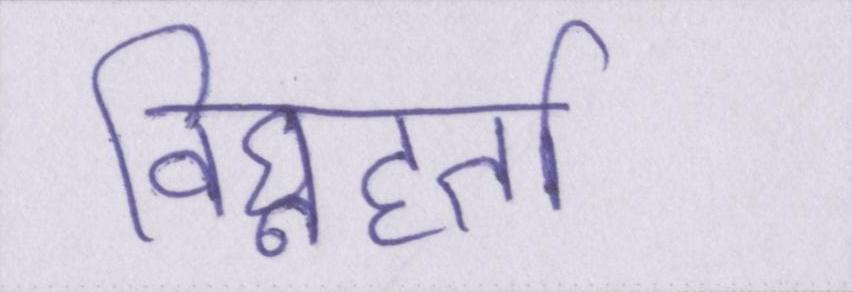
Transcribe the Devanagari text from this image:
विघ्नहर्ता